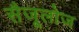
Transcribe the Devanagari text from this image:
सैजूलोज